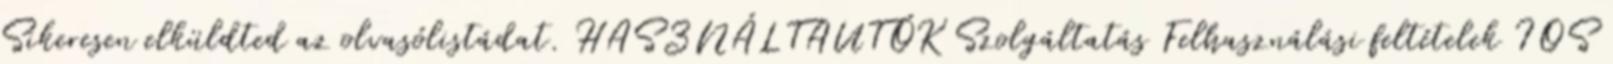
Sikeresen elküldted az olvasólistádat. HASZNÁLTAUTÓK Szolgáltatás Felhasználási feltételek IOS